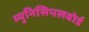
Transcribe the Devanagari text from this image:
म्युनिसिपलबोर्ड